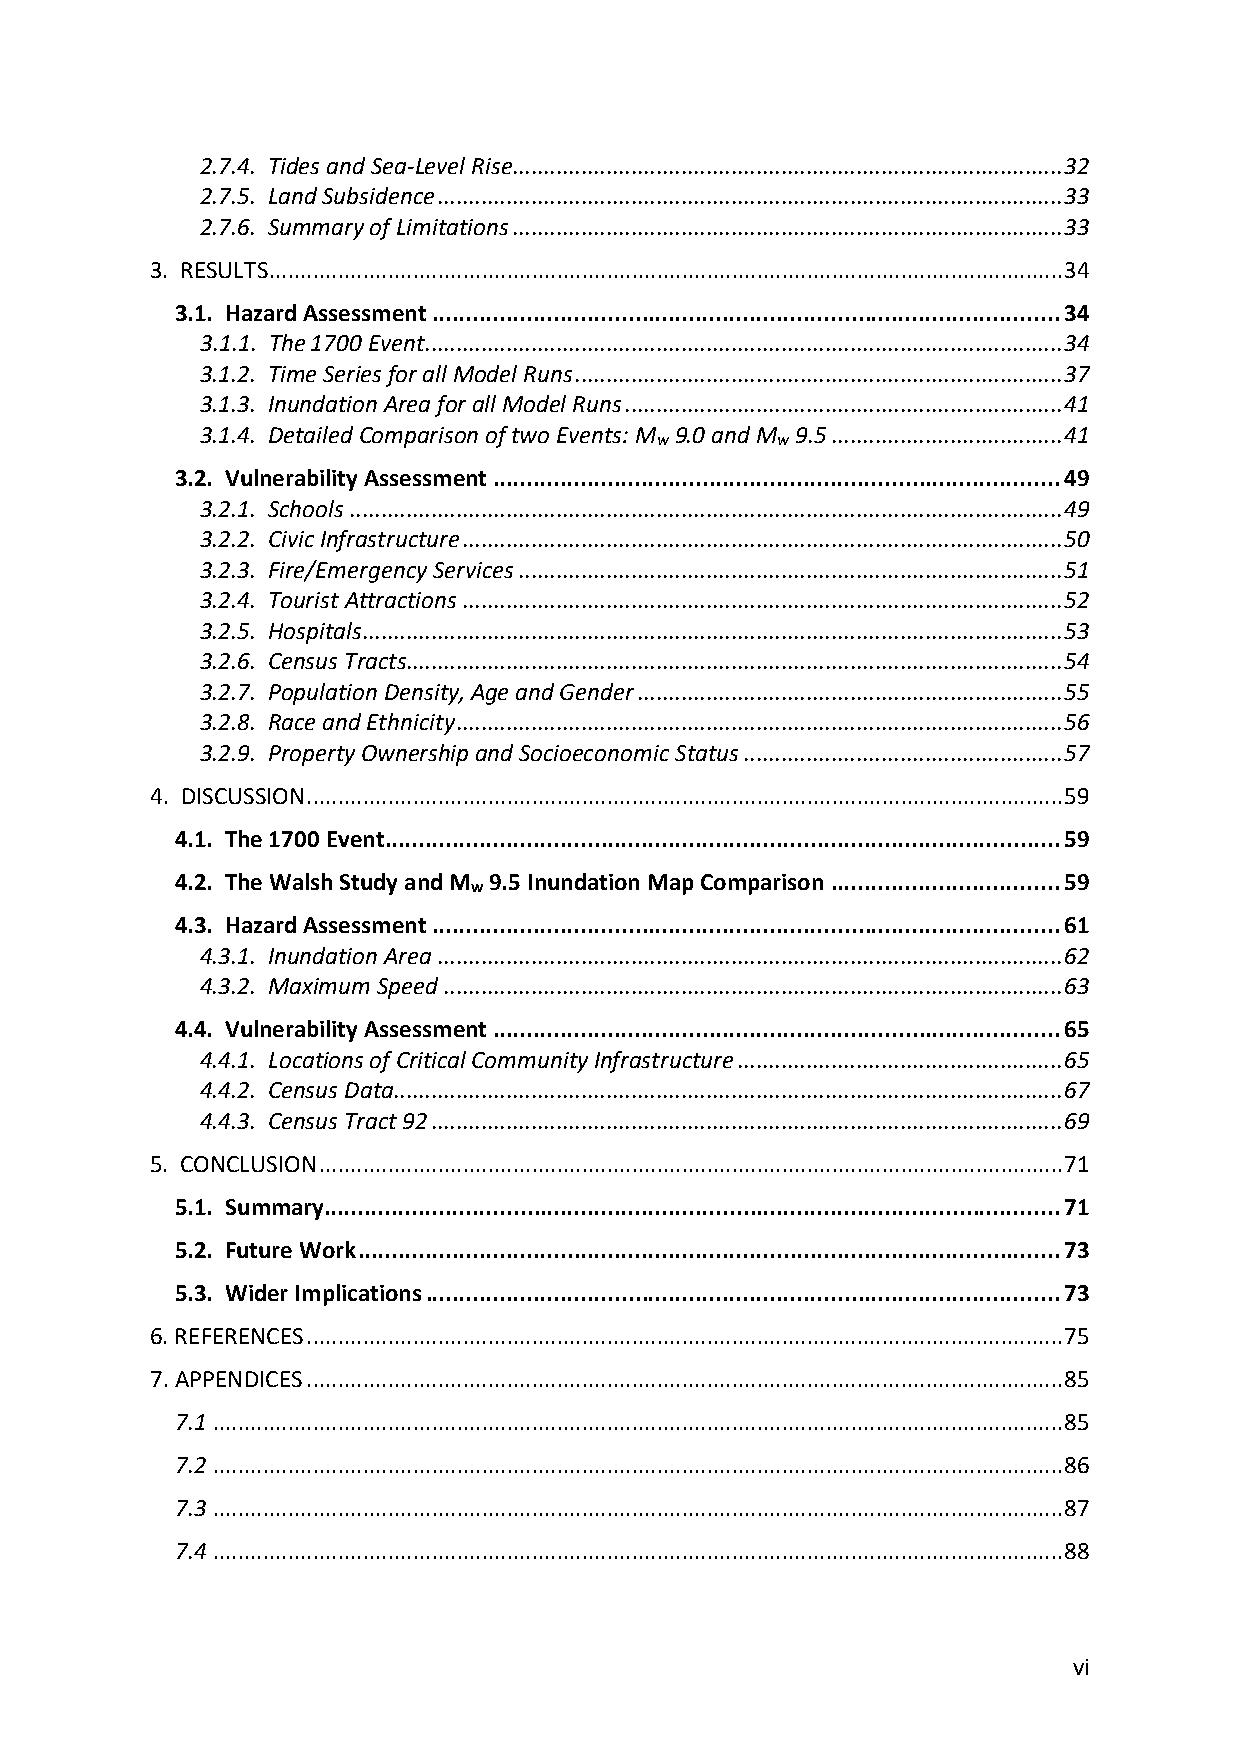
2.7.4. Tides and Sea-Level Rise ........................................................................................ 32
 2.7.5. Land Subsidence .................................................................................................... 33
 2.7.6. Summary of Limitations ........................................................................................ 33
 3. RESULTS ............................................................................................................................... 34
 3.1. Hazard Assessment ............................................................................................. 34
 3.1.1. The 1700 Event ...................................................................................................... 34
 3.1.2. Time Series for all Model Runs .............................................................................. 37
 3.1.3. Inundation Area for all Model Runs ...................................................................... 41
 3.1.4. Detailed Comparison of two Events: M 9.0 and M 9.5 ..................................... 41
 w       w
 3.2. Vulnerability Assessment .................................................................................... 49
 3.2.1. Schools .................................................................................................................. 49
 3.2.2. Civic Infrastructure ................................................................................................ 50
 3.2.3. Fire/Emergency Services ....................................................................................... 51
 3.2.4. Tourist Attractions ................................................................................................ 52
 3.2.5. Hospitals ................................................................................................................ 53
 3.2.6. Census Tracts......................................................................................................... 54
 3.2.7. Population Density, Age and Gender .................................................................... 55
 3.2.8. Race and Ethnicity ................................................................................................. 56
 3.2.9. Property Ownership and Socioeconomic Status ................................................... 57
 4. DISCUSSION ......................................................................................................................... 59
 4.1. The 1700 Event .................................................................................................... 59
 4.2. The Walsh Study and M 9.5 Inundation Map Comparison .................................. 59
 w
 4.3. Hazard Assessment ............................................................................................. 61
 4.3.1. Inundation Area .................................................................................................... 62
 4.3.2. Maximum Speed ................................................................................................... 63
 4.4. Vulnerability Assessment .................................................................................... 65
 4.4.1. Locations of Critical Community Infrastructure .................................................... 65
 4.4.2. Census Data ........................................................................................................... 67
 4.4.3. Census Tract 92 ..................................................................................................... 69
 5. CONCLUSION ....................................................................................................................... 71
 5.1. Summary............................................................................................................. 71
 5.2. Future Work ........................................................................................................ 73
 5.3. Wider Implications .............................................................................................. 73
 6. REFERENCES ......................................................................................................................... 75
 7. APPENDICES ......................................................................................................................... 85
 7.1 ........................................................................................................................................ 85
 7.2 ........................................................................................................................................ 86
 7.3 ........................................................................................................................................ 87
 7.4 ........................................................................................................................................ 88
 vi